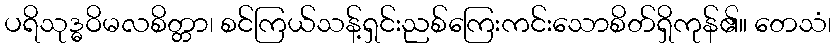
ပရိသုဒ္ဓဝိမလစိတ္တာ၊ စင်ကြယ်သန့်ရှင်းညစ်ကြေးကင်းသောစိတ်ရှိကုန်၏။ တေသံ၊